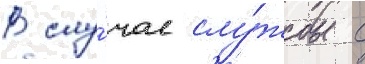
В слу́чае слу́жбы с